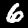
Digit: 6